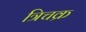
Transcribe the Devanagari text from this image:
त्रिचक्र